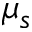
\mu _ { s }